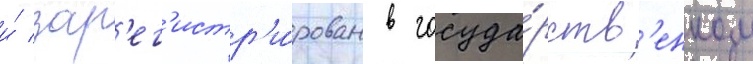
и́ зар'ег'истр'и́рован в госуда́рств'енном